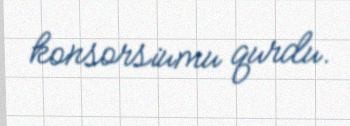
konsorsiumu qurdu.